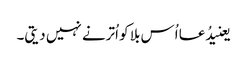
یعنیدُعا اُس بلا کو اُترنے نہیں دیتی۔